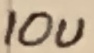
Text: 10u